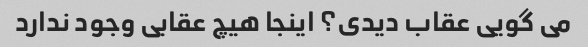
می گویی عقاب دیدی؟ اینجا هیچ عقابی وجود ندارد